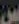
س